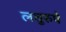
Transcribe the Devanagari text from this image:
लघुरुपे